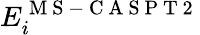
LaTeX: E_{i}^{\mathrm{~M~S~-~C~A~S~P~T~2~}}